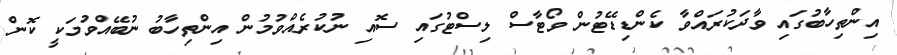
އިންތިހާބުގައި ވާދަކުރައްވާ ކެންޑިޑޭޓުން ވޯޓާސް ލިސްޓުގައި ސޮއި ނުކުރެއްވުމުން އިންތިހާބު ނުބޭއްވުމަކީ ކޮން